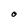
Character: O